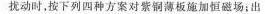
扰动时，按下列四种方案对紫铜薄板施加恒磁场；出